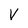
Character: v